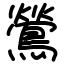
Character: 鶯